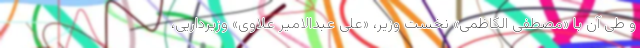
و طی آن با «مصطفی الکاظمی» نخست وزیر، «علی عبدالامیر علاوی» وزیرداریی،